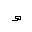
Letter: _waw